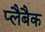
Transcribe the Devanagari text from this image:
प्लैबैक